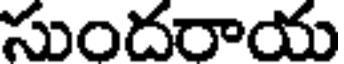
సుందరాయ